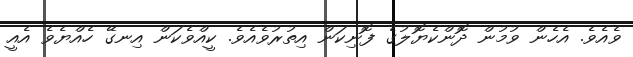
ވެއެވެ. އެހެން ވުމުން ދޮންކެޔޮލުގެ ފޮނިކަން އިތުރުވެއެވެ. ކީއްވެކަން އިނގޭ ހެއްޔެވެ އެއީ